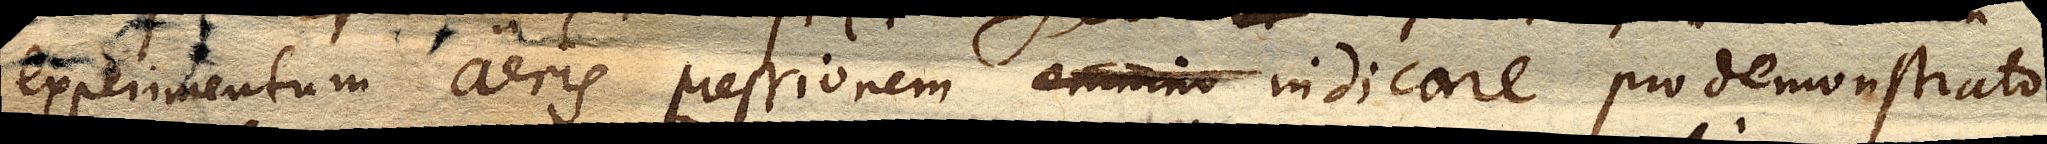
experimentum aeris pressionem omnino indicare pro demonstrato